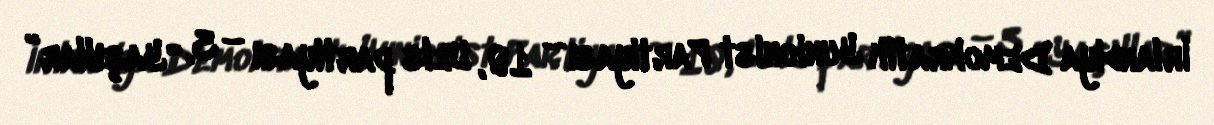
İrlandiya Demokratik Yunionist Partiyası – 10, Uels partiyası – 3, “Yaşıllar”